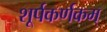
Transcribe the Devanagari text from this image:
शूर्पकर्णकम्